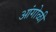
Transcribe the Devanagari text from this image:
आंगोळी